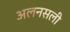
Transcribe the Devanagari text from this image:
अलनसली